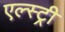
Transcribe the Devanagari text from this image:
एल्स्ट्री